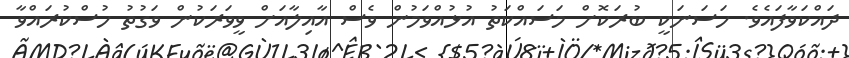
ދައްކަވާފައެވެ. ހަސަނަކީ ބުރަކޮށް މަސައްކަތު އުޅުއްވަމުން ވެސް އާއިލާއަށް ވީވަރަކުން ވަގުތު ހުސްކުރައްވާ